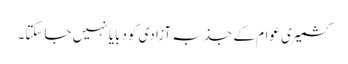
کشمیری عوام کے جذبہ آزادی کودبایا نہیں جاسکتا۔